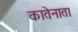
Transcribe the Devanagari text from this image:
कातेनाता